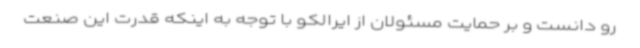
رو دانست و بر حمایت مسئولان از ایرالکو با توجه به اینکه قدرت این صنعت